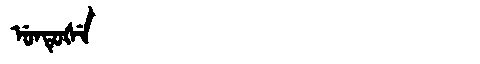
Manchu: ᡠᠨᡨᡠᡧᡝ
Romanization: UNTUŠE